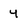
Character: 4